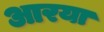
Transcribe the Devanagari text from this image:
आरया